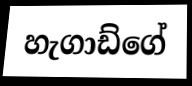
හැගාඩ්ගේ